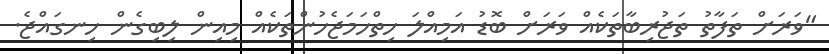
"ވަރަށް ތަފާތު ތަޖުރިބާތަކެއް ވަރަށް ބޮޑު އަމިއްލަ ހިތްހަމަޖެހުންތަކެއް މިއިން ލިބިގެން ހިނގައްޖެ.